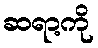
ဆရာ့ကို